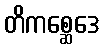
တိကစ္ဆေဒေ